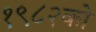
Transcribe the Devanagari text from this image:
१९८२को